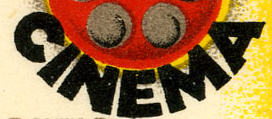
CINEMA